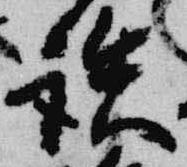
談